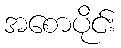
အစောပိုင်း